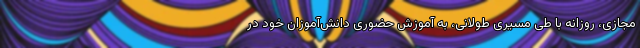
مجازی، روزانه با طی مسیری طولانی، به آموزش حضوری دانش‌آموزان خود در